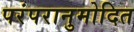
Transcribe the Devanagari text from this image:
परंपरानुमोदित